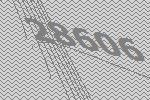
28606